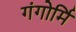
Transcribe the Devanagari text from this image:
गंगोर्मि